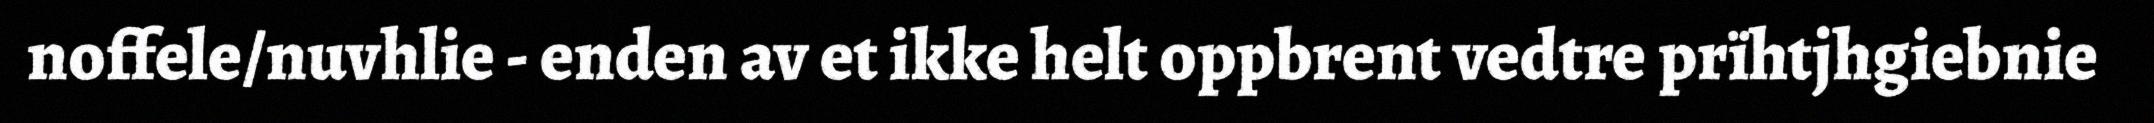
noffele/nuvhlie - enden av et ikke helt oppbrent vedtre prïhtjhgiebnie